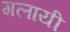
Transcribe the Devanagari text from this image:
गलायी